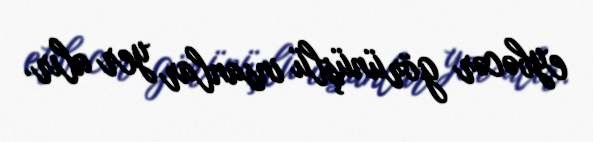
eybəcər görünüşlü insanlar yer alır.